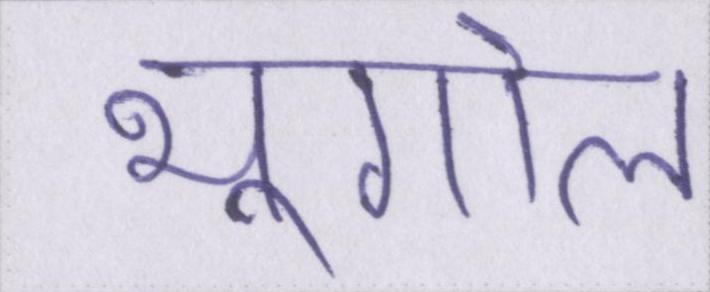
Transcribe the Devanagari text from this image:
भूगोल